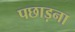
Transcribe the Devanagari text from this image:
पछाड़ना